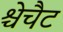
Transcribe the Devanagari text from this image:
श्चेचैट